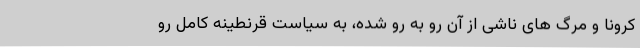
کرونا و مرگ های ناشی از آن رو به رو شده، به سیاست قرنطینه کامل رو